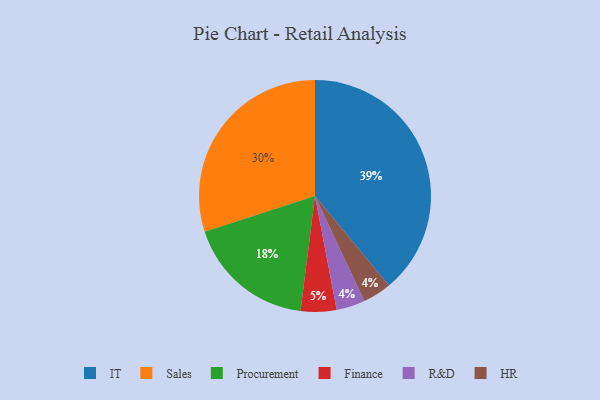
{"axis": {"x": "Category", "y": "Percentage"}, "legend": ["Finance", "HR", "IT", "Procurement", "R&D", "Sales"], "data": [{"x": "R&D", "y": 4, "type": "R&D"}, {"x": "Sales", "y": 30, "type": "Sales"}, {"x": "HR", "y": 4, "type": "HR"}, {"x": "IT", "y": 39, "type": "IT"}, {"x": "Finance", "y": 5, "type": "Finance"}, {"x": "Procurement", "y": 18, "type": "Procurement"}]}